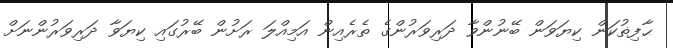
ޙާފިޡުކަން ކިޔަވަން ބޭނުންވާ ދަރިވަރުންގެ ތެރެއިން އަމިއްލަ ރަށުން ބޭރުގައި ކިޔަވާ ދަރިވަރުންނަށް